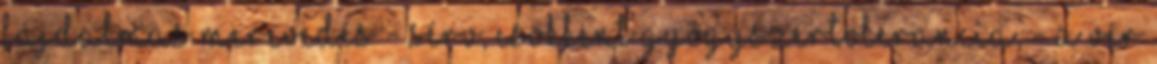
fájdalmas merevedés - sérv, csökkent gyógyszertolerancia, - a vér